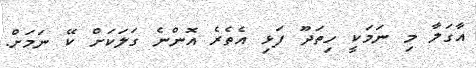
އާގަލާ މި ނަމަކީ ހިތަދޫ ފަޅި އެތެރެ އޮންނެ ގަލަކަށް ކޭ ނަމަށް.